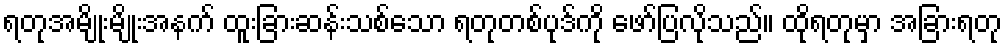
ရတုအမျိုးမျိုးအနက် ထူးခြားဆန်းသစ်သော ရတုတစ်ပုဒ်ကို ဖော်ပြလိုသည်။ ထိုရတုမှာ အခြားရတု